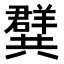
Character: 𭁝